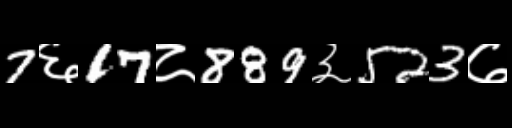
Text: 7६17८889३523७